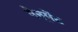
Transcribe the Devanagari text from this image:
मेनूमेंट